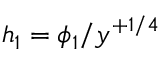
h _ { 1 } = \phi _ { 1 } / y ^ { + 1 / 4 }